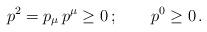
LaTeX: \begin{align*}p^2 = p_{\mu}\,p^\mu \ge 0\,; \qquad p^0 \ge 0\,.\end{align*}